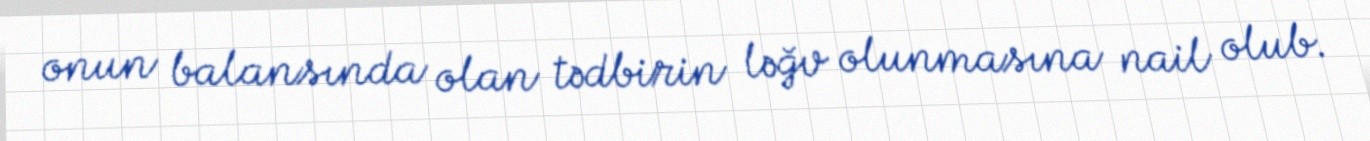
onun balansında olan tədbirin ləğv olunmasına nail olub.